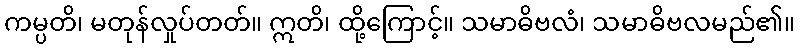
ကမ္ပတိ၊ မတုန်လှုပ်တတ်။ ဣတိ၊ ထို့ကြောင့်။ သမာဓိဗလံ၊ သမာဓိဗလမည်၏။